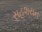
સહશયન